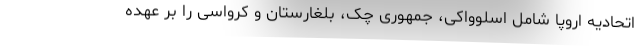
اتحادیه اروپا شامل اسلوواکی، جمهوری چک، بلغارستان و کرواسی را بر عهده